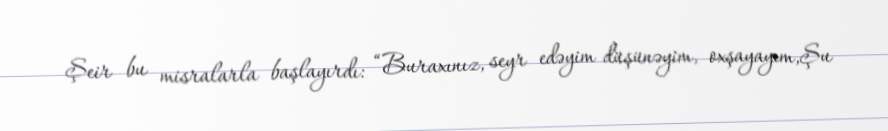
Şeir bu misralarla başlayırdı: “Buraxınız, seyr edəyim düşünəyim, oxşayayım,Şu